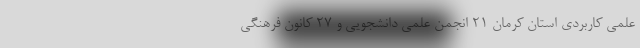
علمی کاربردی استان کرمان 21 انجمن علمی دانشجویی و 27 کانون فرهنگی